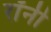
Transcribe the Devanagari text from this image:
रॉंनी